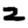
Digit: 2